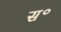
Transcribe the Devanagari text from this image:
स॰